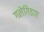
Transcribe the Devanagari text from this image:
गलेगिडाए